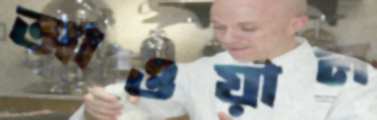
আওয়াল